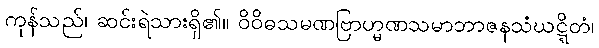
ကုန်သည်၊ ဆင်းရဲသားရှိ၏။ ဝိဝိဓသမဏဗြာဟ္မဏသမာဘာဇနသံဃဋ္ဋိတံ၊